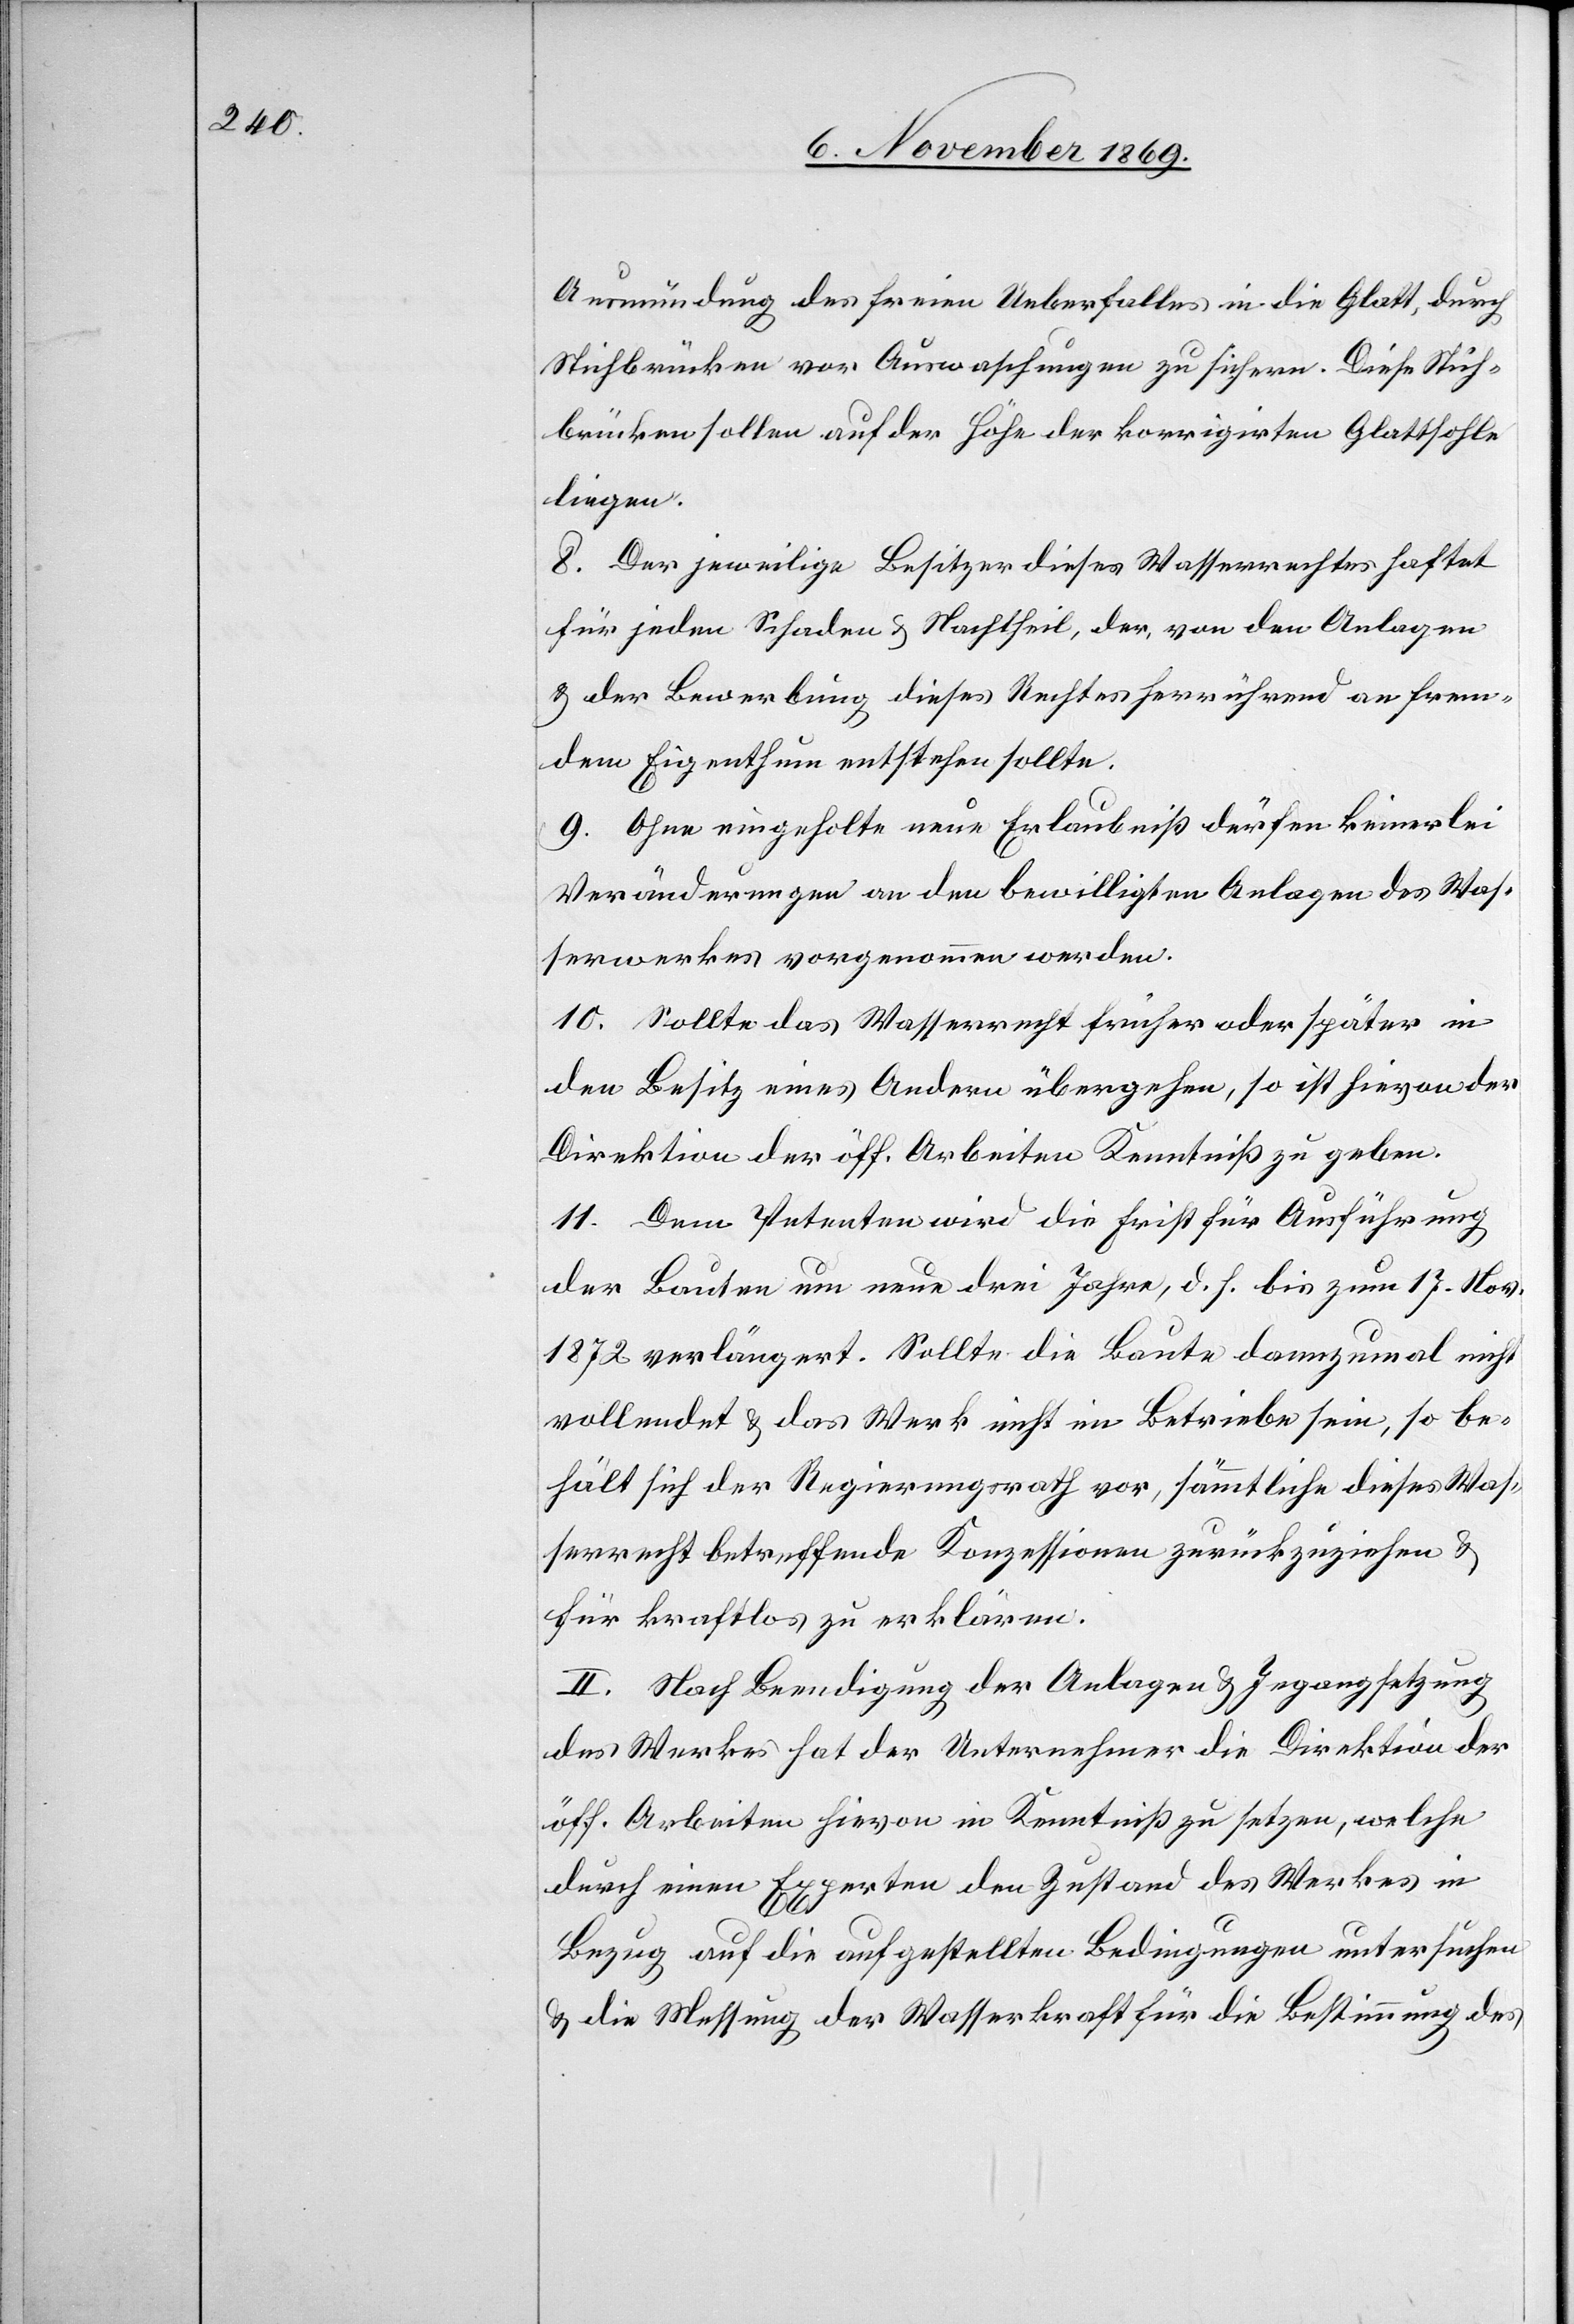
Ausmündung des freien Ueberfalles in die Glatt, durch
Stichbrücken vor Auswaschungen zu sichern. Diese Stich¬
brücken sollen auf der Höhe der korrigirten Glattsohle
liegen.
8. Der jeweilige Besitzer dieses Wasserrechtes haftet
für jeden Schaden & Nachtheil, der, von den Anlagen
& der Bewerbung dieses Rechtes herrührend an frem¬
dem Eigenthum entstehen sollte.
9. Ohne eingeholte neue Erlaubniß dürfen keinerlei
Veränderungen an den bewilligten Anlagen des Was¬
serwerkes vorgenommen werden.
10. Sollte das Wasserrecht früher oder später in
den Besitz eines Andern übergehen, so ist hievon der
Direktion der öff. Arbeiten Kenntniß zu geben.
11. Dem Petenten wird die Frist für Ausführung
der Bauten um neue drei Jahre, d. h. bis zum 17. Nov.
1872 verlängert. Sollte die Baute dannzumal nicht
vollendet & das Werk nicht im Betriebe sein, so be¬
hält sich der Regierungsrath vor, sämmtliche dieses Was¬
serrecht betreffende Konzessionen zurückzuziehen &
für kraftlos zu erklären.
II. Nach Beendigung der Anlagen & Ingangsetzung
des Werkes hat der Unternehmer die Direktion der
öff. Arbeiten hievon in Kenntniß zu setzen, welche
durch einen Experten den Zustand des Werkes in
Bezug auf die aufgestellten Bedingungen untersuchen
& die Messung der Wasserkraft für die Bestimmung des